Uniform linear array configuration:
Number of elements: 48
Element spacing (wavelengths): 1
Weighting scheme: cosine
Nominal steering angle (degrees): -45
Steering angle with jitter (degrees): -46.603
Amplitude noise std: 0.05
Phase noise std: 0.05

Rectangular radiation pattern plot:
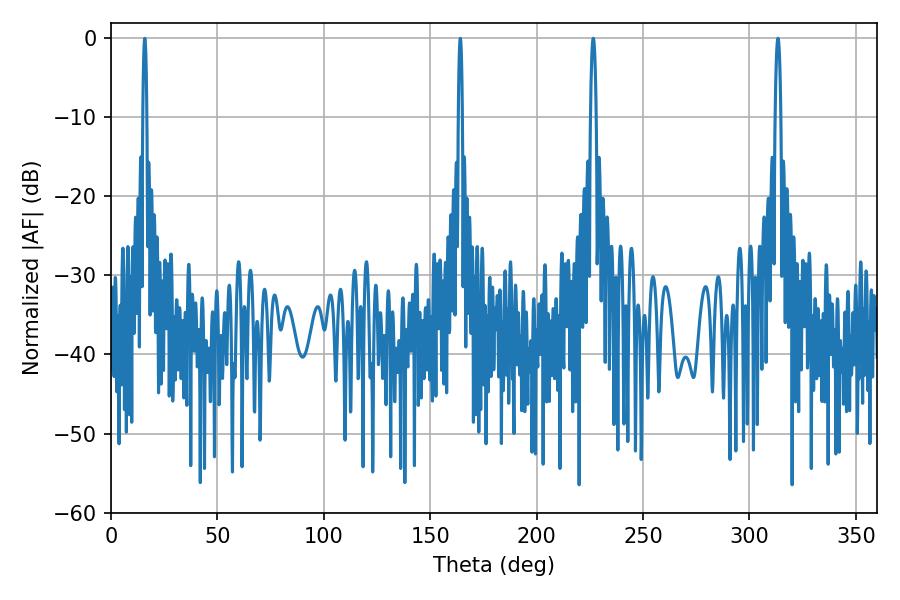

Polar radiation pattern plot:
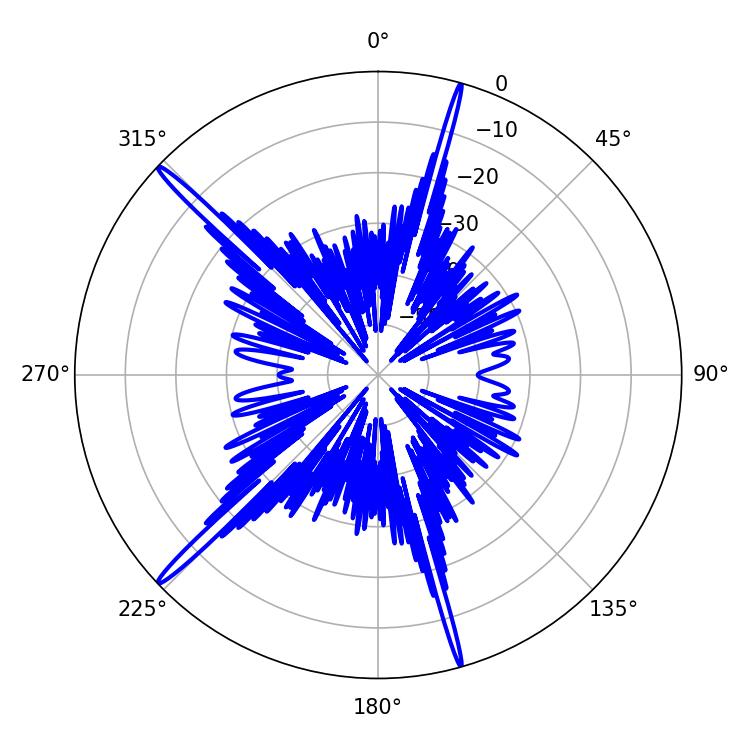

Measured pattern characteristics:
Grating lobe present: TRUE
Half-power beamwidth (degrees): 1.44
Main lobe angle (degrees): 313.38